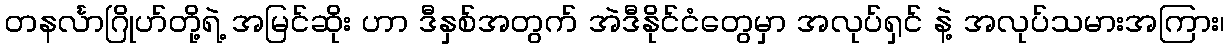
တနင်္လာဂြိုဟ်တို့ရဲ့ အမြင်ဆိုး ဟာ ဒီနှစ်အတွက် အဲဒီနိုင်ငံတွေမှာ အလုပ်ရှင် နဲ့ အလုပ်သမားအကြား၊